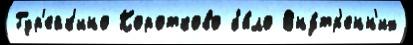
Гур'ейк'ино Коротково бы́ло Вну́тр'енн'их